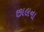
છાલના